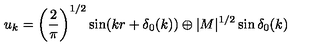
u _ { k } = \left( \frac { 2 } { \pi } \right) ^ { 1 / 2 } \sin ( k r + \delta _ { 0 } ( k ) ) \oplus | M | ^ { 1 / 2 } \sin \delta _ { 0 } ( k )